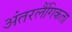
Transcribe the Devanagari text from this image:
अंतरलैंगिकता